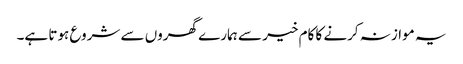
یہ موازنہ کرنے کا کام خیر سے ہمارے گھروں سے شروع ہوتا ہے۔